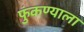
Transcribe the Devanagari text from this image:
फुंकण्याला